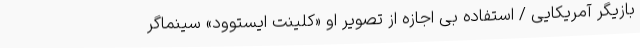
بازیگر آمریکایی / استفاده بی اجازه از تصویر او «کلینت ایستوود» سینماگر